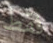
فقط